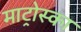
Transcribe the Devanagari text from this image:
माट्रोस्का